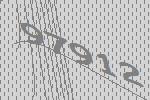
97912